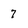
Character: 7